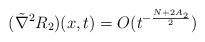
LaTeX: \begin{align*}(\tilde{\nabla}^2R_2)(x,t)=O(t^{-\frac{N+2A_2}{2}})\end{align*}